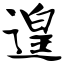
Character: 遑